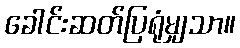
ခေါင်းဆတ်ပြရုံမျှသာ။